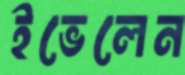
ইভেলেন